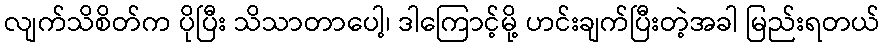
လျက်သိစိတ်က ပိုပြီး သိသာတာပေါ့၊ ဒါကြောင့်မို့ ဟင်းချက်ပြီးတဲ့အခါ မြည်းရတယ်